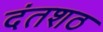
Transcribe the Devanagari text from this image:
दंतशठ